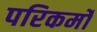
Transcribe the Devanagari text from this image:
परिकर्मों